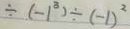
\div ( - 1 ^ { 3 } ) \div ( - 1 ) ^ { 2 }